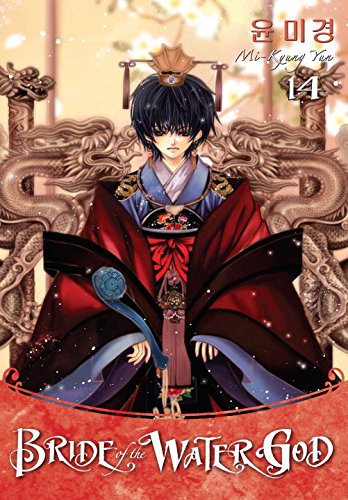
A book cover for Bride of the Water God Volume 14; Mi-Kyung Yun; Comics & Graphic Novels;